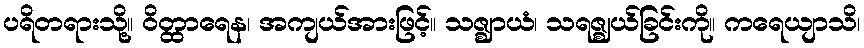
ပရိတရားသို့။ ဝိတ္ထာရေန၊ အကျယ်အားဖြင့်။ သဇ္ဈာယံ၊ သရဇ္ဈယ်ခြင်းကို။ ကရေယျာသိ၊